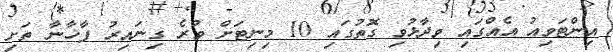
އިންޓަވިއު އެއްގައި ވިދާޅުވި ގޮތުގައި 10 މިނިޓަށް ވުރެ ގިނައިރު ފާޚާނާ ތަށި